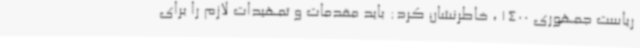
ریاست جمهوری 1400 ، خاطرنشان کرد: باید مقدمات و تمهیدات لازم را برای